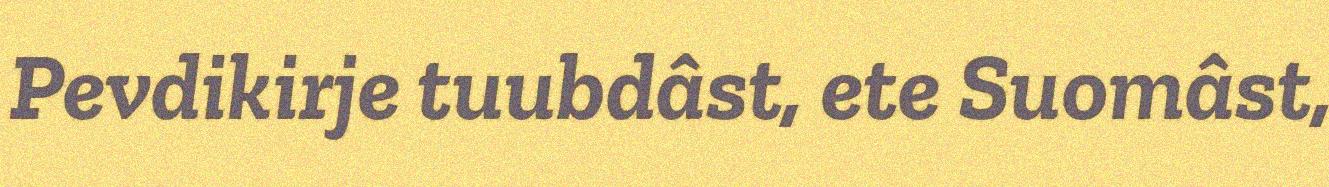
Pevdikirje tuubdâst, ete Suomâst,